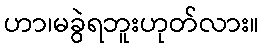
ဟာ၊မခွဲရဘူးဟုတ်လား။